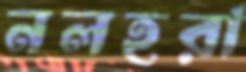
নলহরা